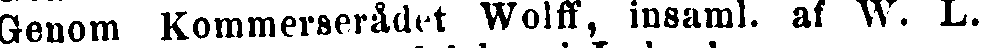
Genom Kommerserådet Wolff, insaml. af W. L.